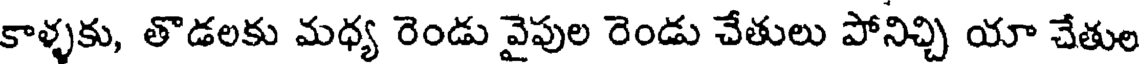
కాళ్ళకు, తొడలకు మధ్య రెండు వైపుల రెండు చేతులు పోనిచ్చి యా చేతుల